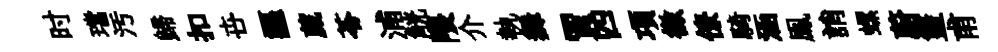
时璫汚歸扣卋謳葳苓浦觥隈介執舞賈四項徵僚騎涵鳯誚螺蔚籃甫